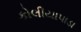
કોલીયાપાડા